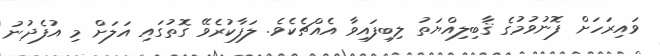
ވައިރަހަށް ފޮނުވުމުގެ ޤާބިލިއްޔަތު ލިބިފައިވާ އެއްޗެކެވެ. ލަފާކުރެވޭ ގޮތުގައި އަލަށް މި އުފެދުނު